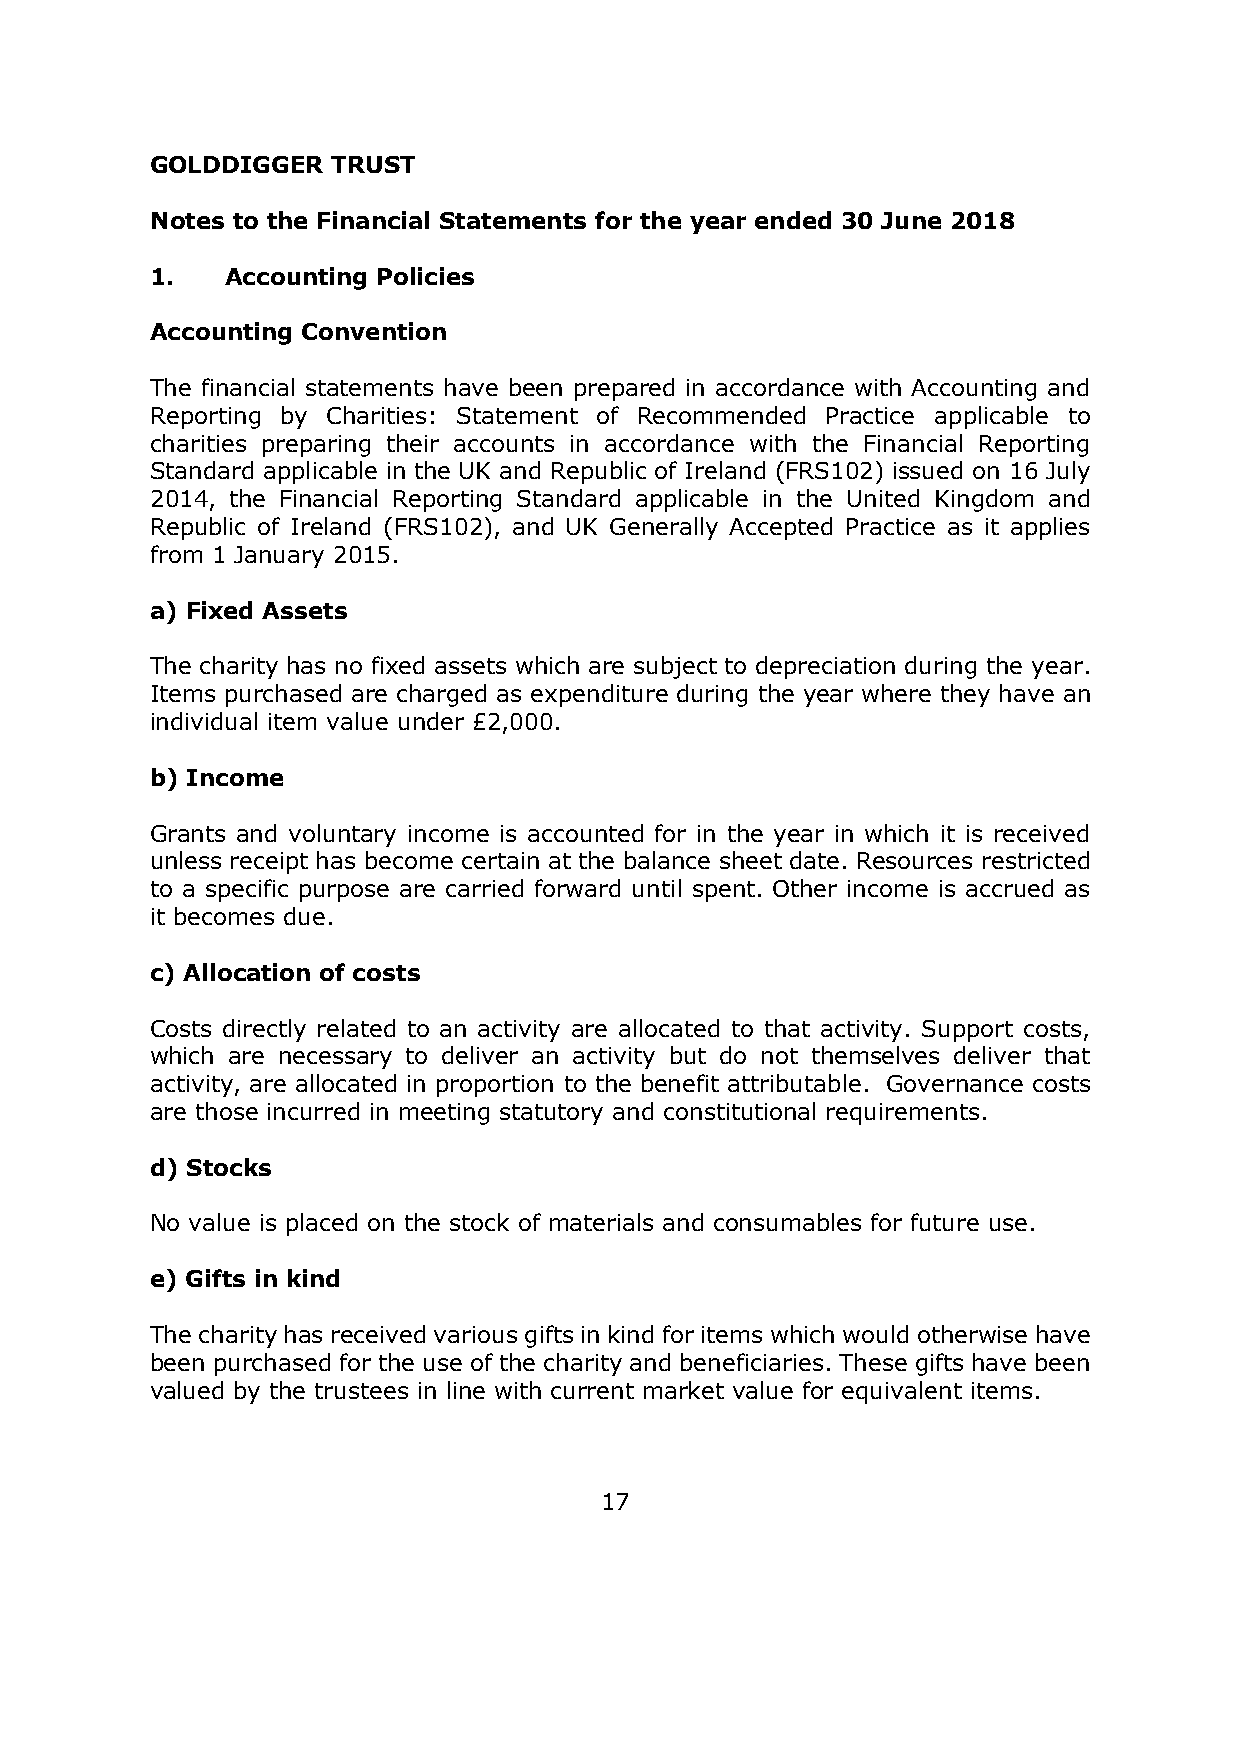
GOLDDIGGER  TRUST
 Notes to the Financial Statements for the year ended 30 June 2018
 1.   Accounting Policies
 Accounting Convention
 The financial statements have been prepared in accordance with Accounting and
 Reporting by Charities: Statement of Recommended Practice applicable to
 charities preparing their accounts in accordance with the Financial Reporting
 Standard applicable in the UK and Republic of Ireland (FRS102) issued on 16 July
 2014, the Financial Reporting Standard applicable in the United Kingdom and
 Republic of Ireland (FRS102), and UK Generally Accepted Practice as it applies
 from 1 January 2015.
 a) Fixed Assets
 The charity has no fixed assets which are subject to depreciation during the year.
 Items purchased are charged as expenditure during the year where they have an
 individual item value under £2,000.
 b) Income
 Grants and voluntary income is accounted for in the year in which it is received
 unless receipt has become certain at the balance sheet date. Resources restricted
 to a specific purpose are carried forward until spent. Other income is accrued as
 it becomes due.
 c) Allocation of costs
 Costs directly related to an activity are allocated to that activity. Support costs,
 which are necessary to deliver an activity but do not themselves deliver that
 activity, are allocated in proportion to the benefit attributable. Governance costs
 are those incurred in meeting statutory and constitutional requirements.
 d) Stocks
 No value is placed on the stock of materials and consumables for future use.
 e) Gifts in kind
 The charity has received various gifts in kind for items which would otherwise have
 been purchased for the use of the charity and beneficiaries. These gifts have been
 valued by the trustees in line with current market value for equivalent items.
 17